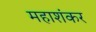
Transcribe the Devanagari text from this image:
महाशंकर